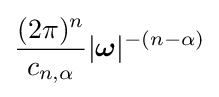
{\frac {(2\pi )^{n}}{c_{n,\alpha }}}|{\boldsymbol {\omega }}|^{-(n-\alpha )}